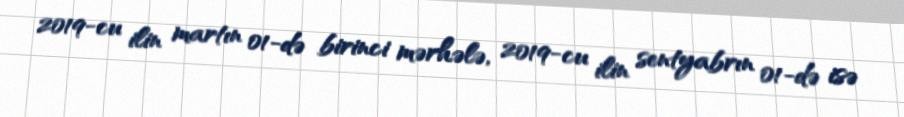
2019-cu ilin martın 01-də birinci mərhələ, 2019-cu ilin sentyabrın 01-də isə